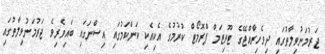
ޖަރުމަނުވިލާތުގައި ދިވެހިރާއްޖޭގެ ޓޫރިޒަމް ޕްރޮމޯޓް ކުރުމުގެ އެކިއެކި ކަންކަމުގައި އިސްނަގައި ބައިވެރިވެ ޖަރުމަނުވިލާތުގައި